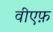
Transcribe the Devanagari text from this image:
वीएफ़